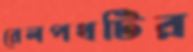
রেলপথটির